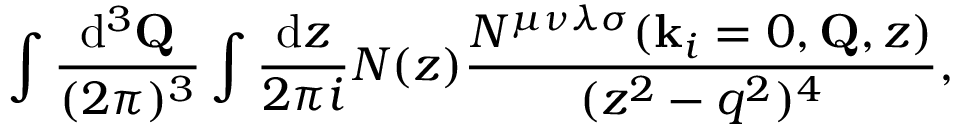
\int \frac { \mathrm { d } ^ { 3 } { \bf Q } } { ( 2 \pi ) ^ { 3 } } \int \frac { \mathrm { d } z } { 2 \pi i } N ( z ) \frac { N ^ { \mu \nu \lambda \sigma } ( { \bf k } _ { i } = 0 , { \bf Q } , z ) } { ( z ^ { 2 } - q ^ { 2 } ) ^ { 4 } } ,